Civil Veterinary Department Bengal reports 1923-33 - 1923-1933
Year: 1923
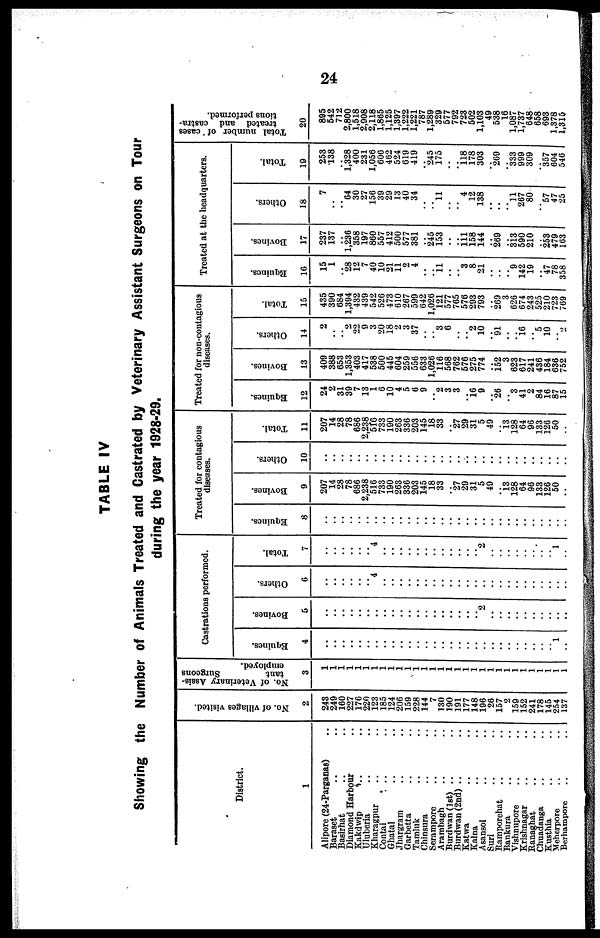
24
TABLE IV
Showing the Number of Animals Treated and Castrated by Veterinary Assistant Surgeons on Tour
during the year 1928-29.
District.
1
Alipore (24-Parganas) ..
Baraset .. ..
Basirhat .. ..
Diamond Harbour
Kakdwip .. ..
Uluberia .. ..
Kharagpur .. ..
Contal .. ..
Ghatal .. ..
Jhargram .. ..
Garbetta .. ..
Tamluk .. ..
Chinsura .. ..
Serampore .. ..
Arambagh .. ..
Burdwan (1st) .. ..
Burdwan (2nd) .. ..
Katwa .. ..
Kalna .. ..
Asansol .. ..
Suri .. ..
Ramporehat .. ..
Bankura .. ..
Vishnupore .. ..
Krishnagar .. ..
Ranaghat .. ..
Chuadanga .. ..
Kusthia .. ..
Meherpore .. ..
Berhampore .. ..
No. of villages visited.
2
243
249
160
227
170
220
123
185
124
206
159
228
144
7
130
190
191
177
148
196
26
157
2
159
152
241
178
145
254
137
No. of Veterinary Assis-
tant
Surgeons
employed.
3
1
1
1
1
1
1
1
1
1
1
1
1
1
1
1
1
1
1
1
1
1
1
1
1
1
1
1
1
1
1
Castrations performed.
Equines.
4
..
..
..
..
..
..
..
..
..
..
..
..
..
..
..
..
..
..
..
..
..
..
..
..
..
..
..
..
1
..
Bovines.
6
..
..
..
..
..
..
..
..
..
..
..
..
..
..
..
..
..
..
..
2
..
..
..
..
..
..
..
..
..
..
Others.
6
..
..
..
..
..
..
4
..
..
..
..
..
..
..
..
..
..
..
..
..
..
..
..
..
..
..
..
..
..
..
Total.
7
..
..
..
..
..
..
4
..
..
..
..
..
..
..
..
..
..
..
..
2
..
..
..
..
..
..
..
..
1
..
Treated for contagious
diseases.
Equines.
8
..
..
..
..
..
..
..
..
..
..
..
..
..
..
..
..
..
..
..
..
..
..
..
..
..
..
..
..
..
..
Bovines.
9
207
14
28
78
686
2,238
516
733
190
263
336
203
145
18
33
..
27
29
31
5
49
..
13
128
64
96
133
126
50
Others.
10
..
..
..
..
..
..
..
..
..
..
..
..
..
..
..
..
..
..
..
..
..
..
..
..
..
..
..
..
..
..
Total.
11
207
14
28
78
686
2,238
5f0
733
190
263
336
203
145
18
33
..
27
29
31
5
49
..
13
128
64
96
133
126
50
..
Treated for non-contagious
diseases.
Equines.
12
24
2
31
39
7
13
1
6
10
4
5
6
9
..
2
3
3
..
16 9
..
26
..
"3
41
2
84
16
87
15
Bovines.
13
409
388
653
1,353
403
417
538
500
445
604
259
556
633
1,026
116
568
762
576
275
774
152
3
623
617
241
436
184
636
752
Others.
14
2
2
22
9
3
20
18
2
3
37
..
..
3
6
..
..
2
10
..
91
..
..
16
..
5
10
..
2
Total.
15
435
390
684
1,394
432
439
542
526
473
610
267
599
642
1,026
121
577
765
576
293
793
..
269
3
626
074
243
525
210
723
769
Treated at the headquarters.
Equines.
16
15
1
..
28
12
7
40
10
21
11
2
4
..
..
11
..
..
3
8
21
..
..
..
9
142
19
..
47
78
358
Bovines.
17
237
137
..
1,236
358
197
860
557
412
500
577
381
..
245
153
..
..
111 158
144
..
269
..
3i3
590
210
..
253
479
163
Others.
18
7
..
..
64
30
27
156
39
29
13
40
34
..
..
11
..
..
4
12
138
..
..
..
11
267
80
..
57
47
25
Total.
19
253
138
..
1,328
400
231
1,056
606
402
524
619
419
..
245
175
..
..
118 178
303
..
269
333
999
309
..
357
604
546
Total number of cases
treated and castra-
tions performed.
20
895
542
712
2,800
1,518
2,908
2,118
1,865
1,125
1,397
1,222
1,221
787
1,289
329
577
792
723
502
1,103
49
538
16
1,087
1,737
648
658
693
1,378
1.315